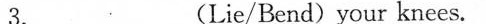
3_.(Lie/Bend) your knees.